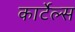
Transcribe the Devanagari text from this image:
कार्टेल्स